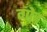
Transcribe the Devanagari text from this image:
गो़द